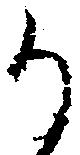
か